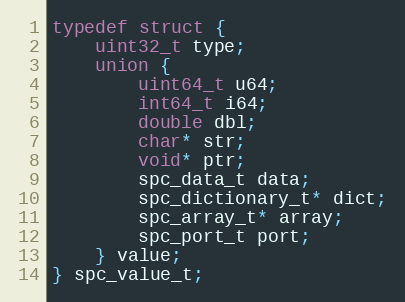
Language: C
typedef struct {
    uint32_t type;
    union {
        uint64_t u64;
        int64_t i64;
        double dbl;
        char* str;
        void* ptr;
        spc_data_t data;
        spc_dictionary_t* dict;
        spc_array_t* array;
        spc_port_t port;
    } value;
} spc_value_t;